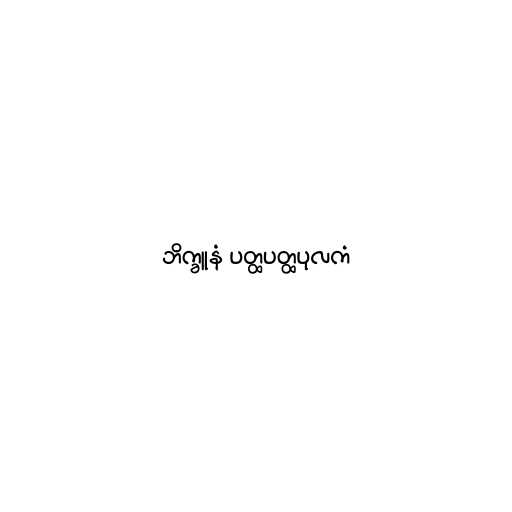
ဘိက္ခူနံ ပတ္ထပတ္ထပုလကံ